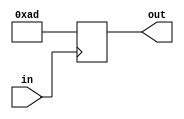
module submod(
	input in,
	output reg [7:0] out
);

	always @(posedge in) begin
		out <= 8'hAD;
	end

endmodule